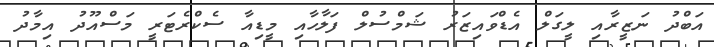
އަބްދު ނަޒީރާއި ލީގަލް އެޑްވައިޒަރު ޝަމްސުލް ފަލާހާއި މީޑިއާ ސެކްރެޓަރީ މަސްއޫދު އިމާދު